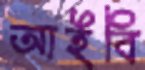
আইবি